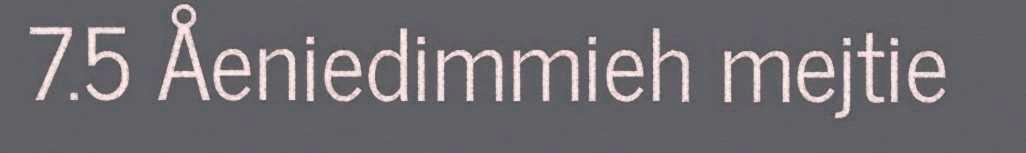
7.5 Åeniedimmieh mejtie